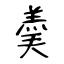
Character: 羮